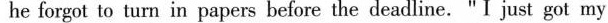
he forgot to turn in papers before the deadline." I just got my